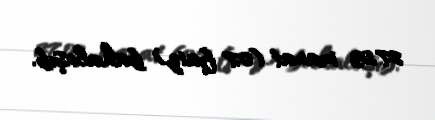
27,03 manat (0,7 faiz) bahalaşıb.